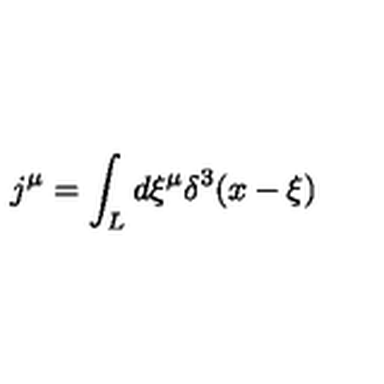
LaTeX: j ^ { \mu } = \int _ { L } d \xi ^ { \mu } \delta ^ { 3 } ( x - \xi )